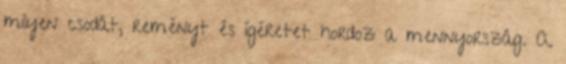
milyen csodát, reményt és ígéretet hordoz a mennyország. A